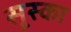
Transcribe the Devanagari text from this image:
सूस्का